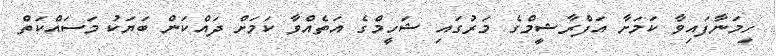
ހިމަނާފައިވާ ކަމަށާ އަފްރާޝީމްގެ މަރުގައި ޝަހީމްގެ އަތެއްވާ ކަމަށް ދައްކަން ބަޔަކު މަސައްކަތް